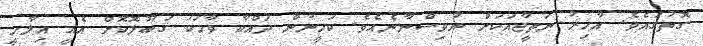
ގޮތުގައެވެ. އާޚިރު ނަތީޖާއަކަށް ނުވިސްނާނެއެވެ. ކަހީނުން ދައްކާ ވާހަކަ ޤަބޫލޮކޮށް އެއީ އިލާހީ